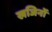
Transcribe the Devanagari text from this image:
खजिनों